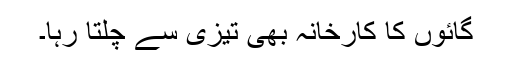
گائوں کا کارخانہ بھی تیزی سے چلتا رہا۔